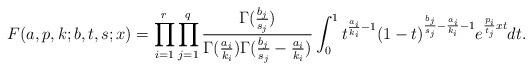
LaTeX: \begin{align*}F(a,p,k;b,t,s;x)=\prod_{i=1}^{r}\prod_{j=1}^{q}\frac{\Gamma(\frac{b_{j}}{s_{j}})}{\Gamma(\frac{a_{i}}{k_{i}})\Gamma(\frac{b_{j}}{s_{j}}-\frac{a_{i}}{k_{i}})}\int_{0}^{1}t^{\frac{a_{i}}{k_{i}}-1}(1-t)^{\frac{b_{j}}{s_{j}}-\frac{a_{i}}{k_{i}}-1}e^{\frac{p_{i}}{t_{j}}xt}dt. \end{align*}